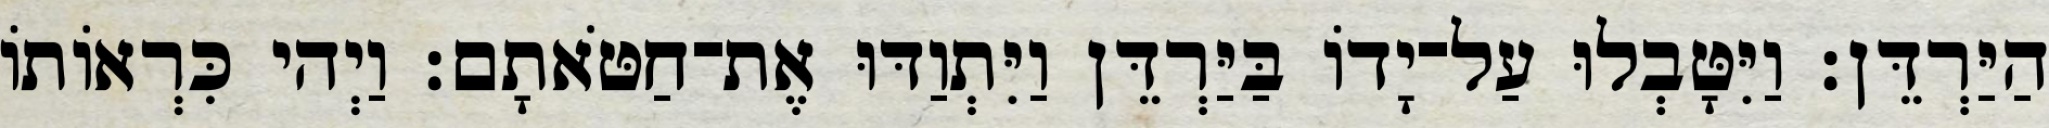
הַיַּרְדֵּן׃ וַיִּטָּבְלוּ עַל־יָדוֹ בַּיַּרְדֵּן וַיִּתְוַדּוּ אֶת־חַטֹּאתָם׃ וַיְהי כִּרְאוֹתוֹ